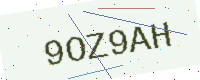
Text: 9OZ9AH